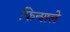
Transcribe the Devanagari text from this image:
फिन्शले